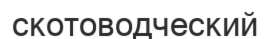
скотоводческий